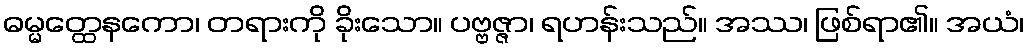
ဓမ္မတ္ထေနကော၊ တရားကို ခိုးသော။ ပဗ္ဗဇ္ဇာ၊ ရဟန်းသည်။ အဿ၊ ဖြစ်ရာ၏။ အယံ၊